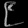
Digit: ၉